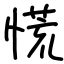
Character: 慌